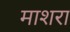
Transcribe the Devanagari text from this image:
माशरा